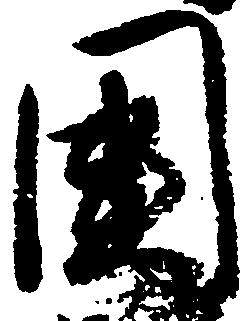
国